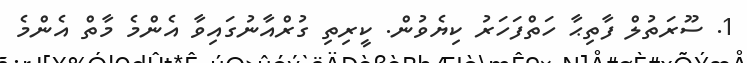
1. ސޫރަތުލް ފާތިޙާ ހަތްފަހަރު ކިޔެވުން. ކީރިތި ގުރްއާނުގައިވާ އެންމެ މާތް އެންމެ